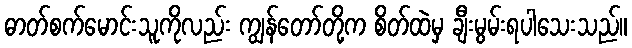
ဓာတ်စက်မောင်းသူကိုလည်း ကျွန်တော်တို့က စိတ်ထဲမှ ချီးမွမ်းရပါသေးသည်။